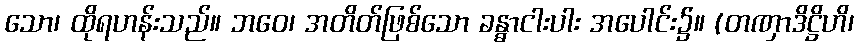
သော၊ ထိုရဟန်းသည်။ ဘဝေ၊ အတိတ်ဖြစ်သော ခန္ဓာငါးပါး အပေါင်း၌။ (တဏှာဒိဋ္ဌိဟိ၊